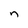
Character: n